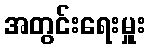
အတွင်းရေးမှူး